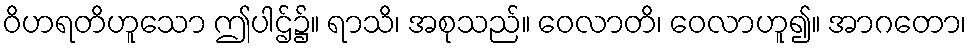
ဝိဟရတိဟူသော ဤပါဌ်၌။ ရာသိ၊ အစုသည်။ ဝေလာတိ၊ ဝေလာဟူ၍။ အာဂတော၊